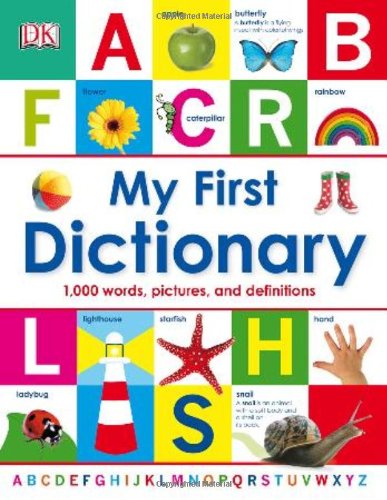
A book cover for My First Dictionary; DK Publishing; Children's Books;